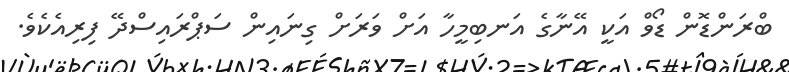
ބްރަންޑޮން ޑޯވް އަކީ އޭނާގެ އަނބިމީހާ އަށް ވަރަށް ގިނައިން ސަޕްރައިސްދޭ ފިރިއެކެވެ.